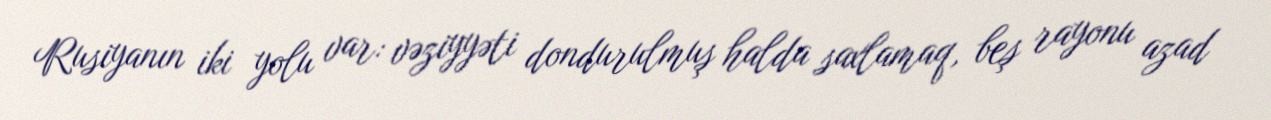
Rusiyanın iki yolu var: vəziyyəti dondurulmuş halda saxlamaq, beş rayonu azad